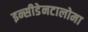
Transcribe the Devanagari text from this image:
इन्सीडेनटालोमा